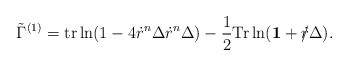
\begin{align*}\tilde{\Gamma}^{(1)} ={\rm tr} \ln ( 1 - 4 \dot{r}^n \Delta \dot{r}^n \Delta )- \frac{1}{2} {\rm Tr} \ln( {\bf 1} + \dot{r}\!\!\!/ \Delta ).\end{align*}